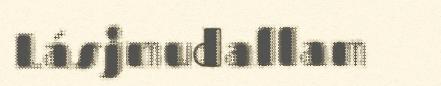
Lásjmudallam